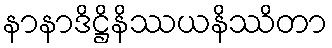
နာနာဒိဋ္ဌိနိဿယနိဿိတာ